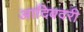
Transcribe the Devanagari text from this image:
आदिबदरी